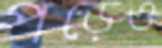
পড়েও